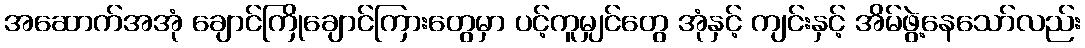
အဆောက်အအုံ ချောင်ကြိုချောင်ကြားတွေမှာ ပင့်ကူမျှင်တွေ အုံနှင့် ကျင်းနှင့် အိမ်ဖွဲ့နေသော်လည်း